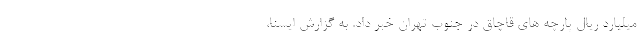
میلیارد ریال پارچه های قاچاق در جنوب تهران خبر داد. به گزارش ایسنا،